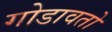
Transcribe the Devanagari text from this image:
गोडावतो